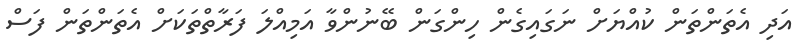
އަދި އެތަންތަން ކުއްޔަށް ނަގައިގެން ހިންގަން ބޭނުންވާ އަމިއްލަ ފަރާތްތަކަށް އެތަންތަން ފަސް